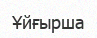
Ұйғырша